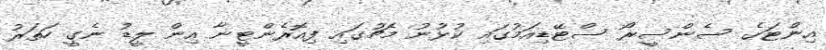
އިންޓަގެ ސެންސީރޯ ސްޓޭޑިއަމުގައި ކުޅުނު މެޗުގައި ފިއޮރެންޓީނާ އިން ލީޑު ނެގީ ހަތަރު